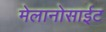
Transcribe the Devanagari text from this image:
मेलानोसाईट